Report of the Municipal Commissioner on the plague in Bombay for the year ending 31st May... - Volume 3
Disease focus: Plague
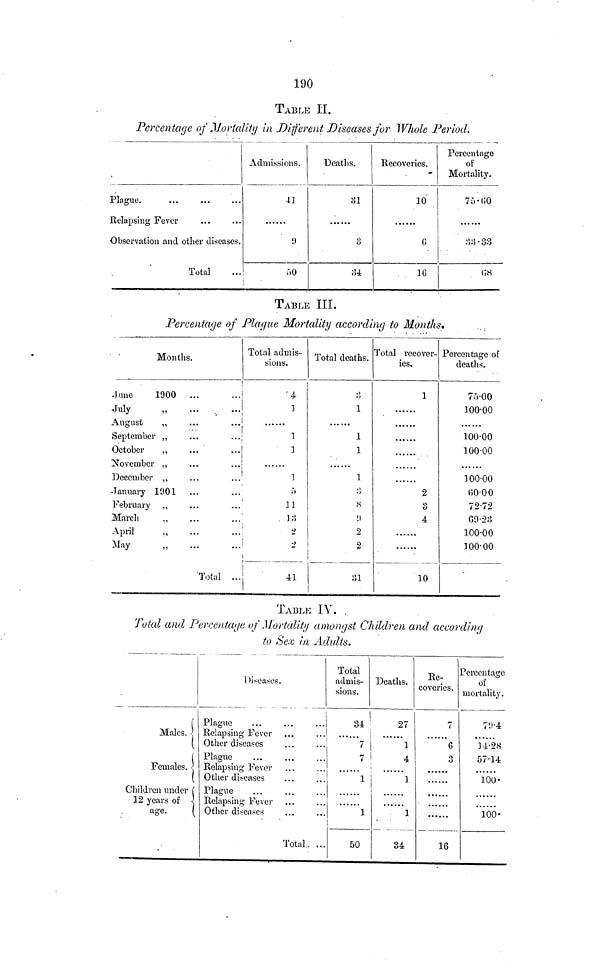
190
TABLE II.
Percentage of Mortality in Different Diseases for Whole Period.
Plague.
Relapsing Fever
Observation and other diseases.
Total
Admissions.
4]
i)
50
i
Deaths.
31
3
84
Recoveries.
10
G
1(5
Percentage
of
Mortality.
75.60
33.33
68
TABLE III.
Percentage of Plague Mortality according to Months.
Months.
June
1900
-July
August
„
September ,,
October
,,
November ,,
December ,,
January 1001
February „
March
..
April
May
* • «
•••
...
...
...
...
...
...
...
...
...
'Total
""
...
...
...
...
...
...
...
...
Total admis-
sions.
•4
1
1
1
1
5
11
13
2
\ 2 \
41
Total deaths.
3
1
1
1
1
3
8
9
2
2
31
Total recover-
ies.
1
2
3
4
10
Percentage of
deaths.
75.00
100.00
100.00
100.00
100.00
60.00
69.23
100.00
100.00
TABLE-: IV. .
Total and Percentage of Mortality amongst Children and according
to Sex in Adults.
Males.
Females.
Children under
12 years of
age.
Dieases
!
Plague
Relapsing Fever
Other diseases
Plague
Relapsing Fever
Other diseases
Plague
Relapsing Fevci-
Other diseases
Total. ...
Total
admis-
sions.
34
7
7-r
i
1
1
50
Deaths.
27
1
4
1
1
34
]
Re-
coveries.
7
6
3
16
Percentage
of
mortality.
79.4
14.28
57.14
100
100